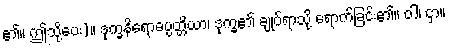
၏။ ဤသို့ပေး)။ ဒုက္ခနိရောဓပ္ပတ္တိယာ၊ ဒုက္ခ၏ ချုပ်ရာသို့ ရောက်ခြင်း၏။ ဝါ၊ ငှာ။